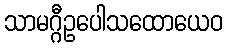
သာမဂ္ဂီဥပေါသထောယေဝ